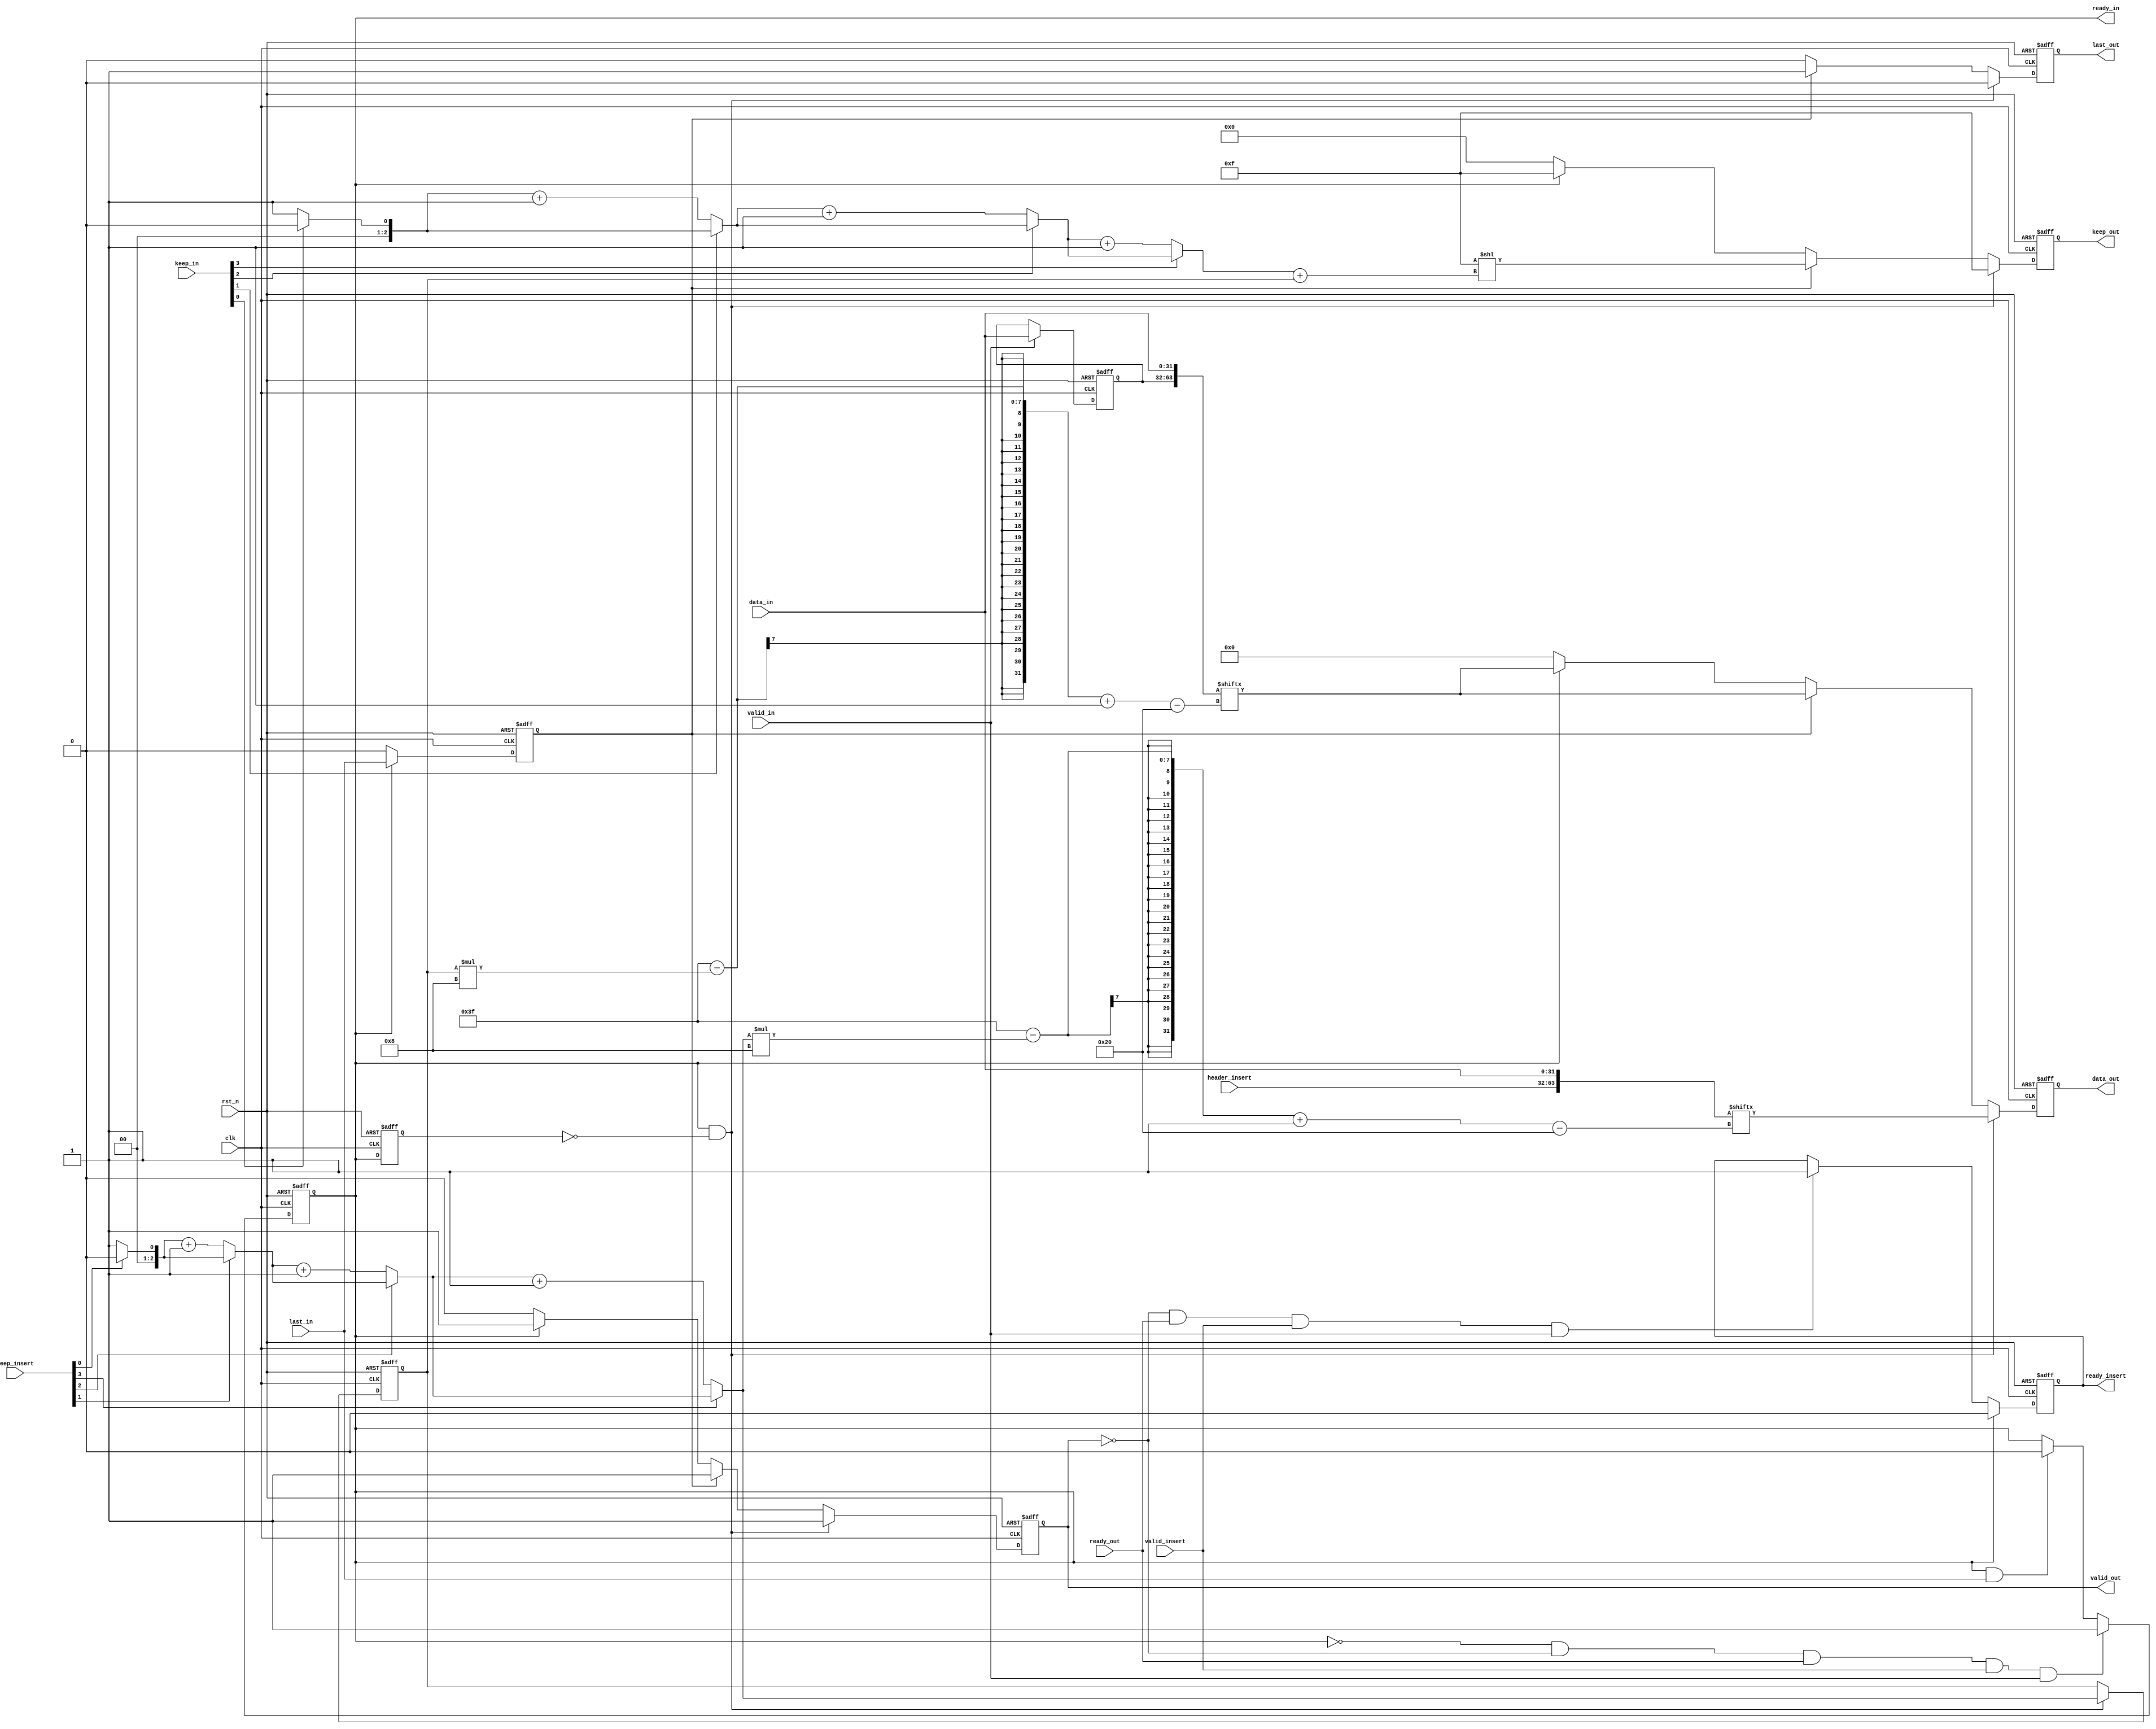
module axi_stream_insert_header #(
    parameter DATA_WD = 32,
    parameter DATA_BYTE_WD = DATA_WD / 8
) (
    input clk,
    input rst_n,

    // AXI Stream input original data
    input valid_in,
    input [DATA_WD-1 : 0] data_in,
    input [DATA_BYTE_WD-1 : 0] keep_in,
    input last_in,
    output reg ready_in,

    // AXI Stream output with header inserted
    output reg valid_out,
    output reg [DATA_WD-1 : 0] data_out,
    output reg [DATA_BYTE_WD-1 : 0] keep_out,
    output reg last_out,
    input ready_out,

    // The header to be inserted to AXI Stream input
    input valid_insert,
    input [DATA_WD-1 : 0] header_insert,
    input [DATA_BYTE_WD-1 : 0] keep_insert,
    output reg ready_insert
);

function integer clog2;
input integer n;
begin
    for (clog2 = 0; n > 0; clog2 = clog2 + 1)
        n = n >> 1;
end
endfunction

// -------------reg define---------------//
// input reg 
reg [DATA_WD-1:0] data_in_d;
reg [DATA_BYTE_WD-1:0] keep_insert_d;
reg ready_in_d;

wire ready_in_rise;

reg last_in_d,last_in_dd;

wire [DATA_WD*2-1:0] header_r;
wire [DATA_WD*2-1:0] data_r;

localparam ZEROS_WD = clog2(DATA_BYTE_WD);

wire [ZEROS_WD-1:0] header_zeros;
reg [ZEROS_WD-1:0] header_zeros_d;

wire [ZEROS_WD-1:0] final_zeros;
wire [ZEROS_WD-1:0] total_zeros;					// 04


wire [DATA_WD-1 : 0] data_out_header;
wire [DATA_WD-1:0] data_out_payload;

reg [DATA_WD*2-1 : 0] data_out_tail_shift;

// ---------------assign-----------------//
assign ready_in_rise = ready_in & ~ready_in_d;

// 2DATA
assign header_r = {header_insert, data_in};
assign data_r = {data_in_d, data_in};

// keep10
function [ZEROS_WD-1:0] cal_zeros;
    input [DATA_BYTE_WD-1:0] keep;
    integer i;
begin
    cal_zeros = {ZEROS_WD{1'b0}};
    for(i=0; i<DATA_BYTE_WD; i=i+1)begin
        if(~keep[i])
            cal_zeros = cal_zeros + 1'b1;
        else
            cal_zeros = cal_zeros;
    end
end
endfunction

assign header_zeros = $unsigned(cal_zeros(keep_insert));
assign final_zeros = $unsigned(cal_zeros(keep_in));
assign total_zeros = final_zeros + header_zeros_d;


assign data_out_header = header_r[DATA_WD*2-1-(header_zeros*8) -: DATA_WD];
assign data_out_payload = data_r[DATA_WD*2-1-(header_zeros_d*8) -: DATA_WD];


always @(posedge clk or negedge rst_n) begin 
    if(~rst_n) begin
        ready_in_d <= 0;
    end
    else begin
        ready_in_d <= ready_in;
    end
end

//hand-shake
always @(posedge clk or negedge rst_n) begin
    if(~rst_n)
        ready_in <= 0;
    else if(~ready_in & ~valid_out & ready_out & valid_insert & valid_in)			
        ready_in <= 1;
    else if(ready_in & last_in)
        ready_in <= 0;
    else
        ready_in <= ready_in;
end

always @(posedge clk or negedge rst_n) begin 
    if(~rst_n)
        ready_insert <= 0;
    else if (ready_in)
        ready_insert <= 0;
    else if (~valid_out & ready_out & valid_insert & valid_in)
        ready_insert <= 1;
    else
        ready_insert <= ready_insert;
end


always @(posedge clk or negedge rst_n) begin 
    if(~rst_n)
        last_in_d <= 0;
    else if(ready_in)
        last_in_d <= last_in;
    else
        last_in_d <= 0;
end

always @(posedge clk or negedge rst_n) begin 
    if(~rst_n)
        data_in_d <= 0;
    else if (valid_in)
        data_in_d <= data_in;
    else
        data_in_d <= data_in_d;
end

always @(posedge clk or negedge rst_n) begin 
    if(~rst_n) begin
        data_out <= 0;
        keep_out <= 0;
        last_out <= 0;
        valid_out <= 0;
        header_zeros_d <= 0;
    end
    else if (ready_in_rise) begin
        data_out <= data_out_header;
        valid_out <= 1;
        keep_out <= {DATA_BYTE_WD{1'b1}};
        last_out <= 0;
        header_zeros_d <= header_zeros;
    end
    else if (last_in_d) begin
        data_out <= data_out_payload;
        keep_out <= {DATA_BYTE_WD{1'b1}} << total_zeros;
        valid_out <= 1;
        last_out <= 1;
    end
    else if(ready_in) begin
        data_out  <= data_out_payload;
        keep_out <= {DATA_BYTE_WD{1'b1}};
        valid_out <= 1;
        last_out <= 0;
    end
    else begin
        data_out <= {DATA_WD{1'b0}};
        keep_out <= {DATA_BYTE_WD{1'b0}};
        keep_insert_d <= {DATA_BYTE_WD{1'b0}};
        last_out <= 0;
        valid_out <= 0;
    end
end

endmodule